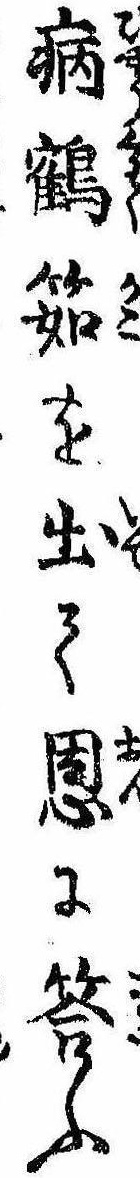
病鶴筎を出て恩に答ふ